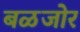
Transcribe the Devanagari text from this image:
बळजोर